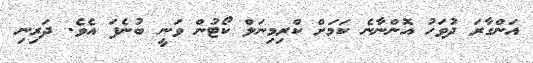
އަންގާރަ ދުވަހު އޮންނާނެ ކަމަށް ކްރިމިނަލް ކޯޓުން ވަނީ ބުނެފަ އެވެ. ދަރިނި